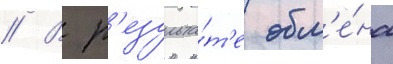
// В р'езульта́т'е обм'е́на